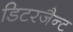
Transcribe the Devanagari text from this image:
डिटरजैन्ट